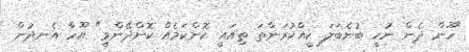
"ހޫން ދެން ނުހީ ބުނެބަލަ ކީއްކުރަންތަ ތިއައީ ކޮންކަމެއް ކޮށްދޭންވީ" ޔޫހާ އެނދުން